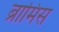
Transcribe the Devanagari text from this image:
ब्रामिंस